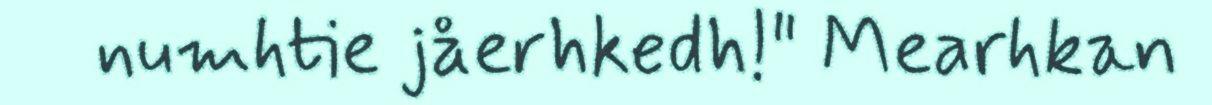
numhtie jåerhkedh!" Mearhkan